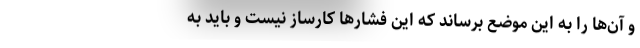
و آن‌ها را به این موضع برساند که این فشارها کارساز نیست و باید به